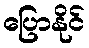
ပြောနိုင်